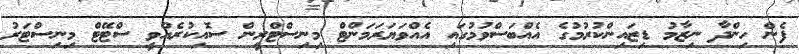
ފެން ހިންދާ ނިޒާމު ޑިޒައިންކުރުމުގެ އެއްބަސްވުމުގައި އެއްވަޔަރަމަންޓް މިނިސްޓްރީން ސޮއިކުރެއްވީ ސްޓޭޓް މިނިސްޓަރު